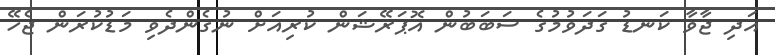
އަދި ޖާވާ ކަނޑު ގަދަވުމުގެ ސަބަބުން އޮޕަރޭޝަން ކުރިއަށް ނުގެންދެވި މަޑުކުރަން ޖެހޭ